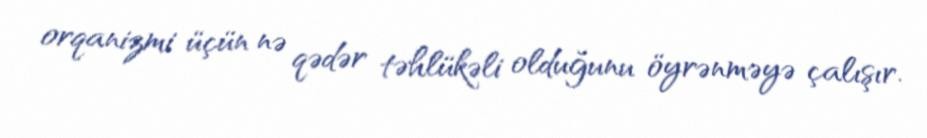
orqanizmi üçün nə qədər təhlükəli olduğunu öyrənməyə çalışır.